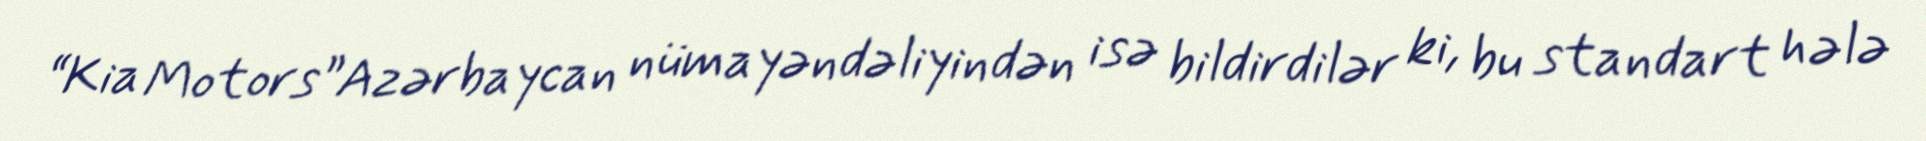
“Kia Motors”Azərbaycan nümayəndəliyindən isə bildirdilər ki, bu standart hələ